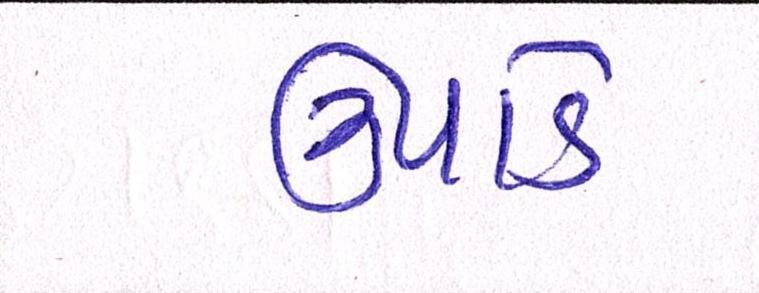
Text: ઉપાડે